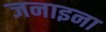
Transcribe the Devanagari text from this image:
जनाइना